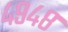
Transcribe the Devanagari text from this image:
४९४८